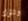
وتترك